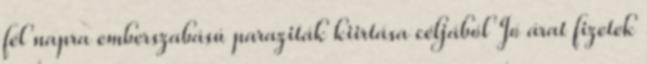
fél napra emberszabású paraziták kiirtása céljából Jó árat fizetek